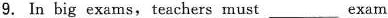
9. In big exams, teachers must ___ exam